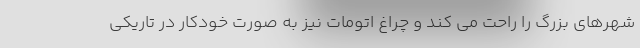
شهرهای بزرگ را راحت می کند و چراغ اتومات نیز به صورت خودکار در تاریکی